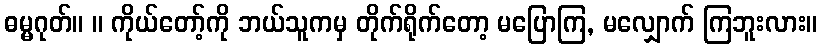
ဓမ္မဂုတ်။ ။ ကိုယ်တော့်ကို ဘယ်သူကမှ တိုက်ရိုက်တော့ မပြောကြ, မလျှောက် ကြဘူးလား။